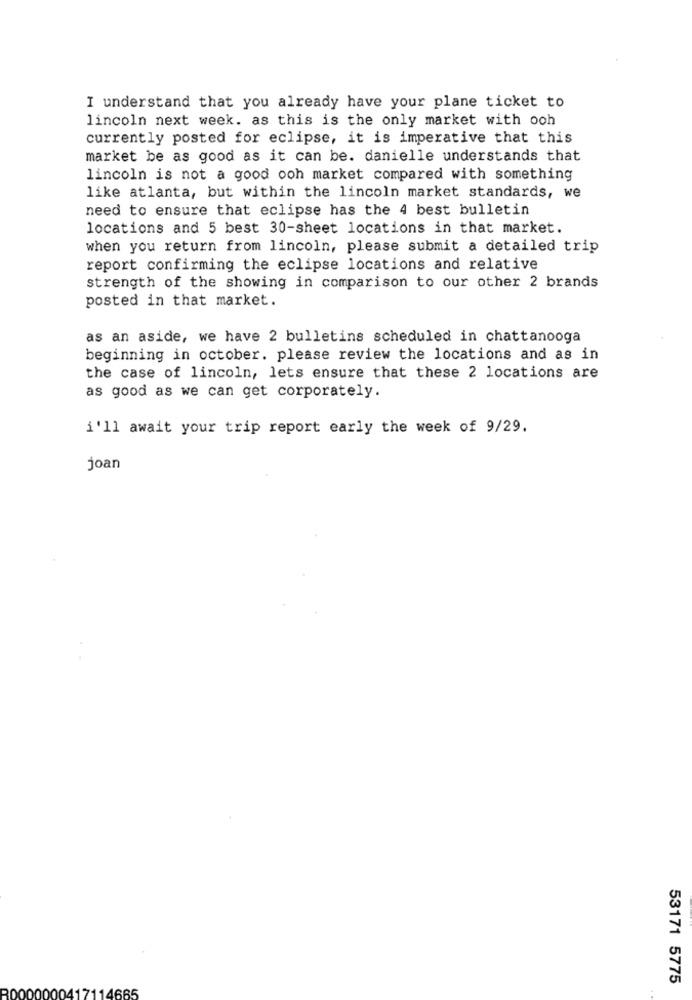
I understand that you already have your plane ticket to
lincoln next week. as this is the only market with och
currently posted for eclipse, it is imperative that this
market be as good as it can be. danielle understands that
lincoln is not a good ooh market compared with something
like atlanta, but within the lincoln market standards, we
need to ensure that eclipse has the 4 best bulletin
locations and 5 best 30-sheet locations in that market.
when you return from lincoln, please submit a detailed trip
report confirming the eclipse locations and relative
strength of the showing in comparison to our other 2 brands
posted in that market.
as an aside, we have 2 bulletins scheduled in chattanooga
beginning in october. please review the locations and as in
the case of lincoln, lets ensure that these 2 locations are
as good as we can get corporately.
i'll await your trip report early the week of 9/29.
joan
53171 5775